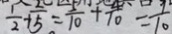
\frac { 1 } { 2 } + \frac { 2 } { 5 } = \frac { 5 } { 1 0 } + \frac { 4 } { 1 0 } = \frac { 7 } { 1 0 }